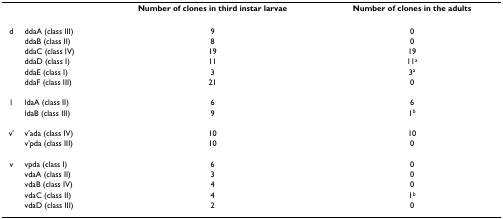
<table><thead><tr><td>[EMPTY_CELL]</td><td>[EMPTY_CELL]</td><td><b>Number of clones in third instar larvae</b></td><td><b>Number of clones in the adults</b></td></tr></thead><tbody><tr><td>d</td><td>ddaA (class III)</td><td>9</td><td>0</td></tr><tr><td>[EMPTY_CELL]</td><td>ddaB (class II)</td><td>8</td><td>0</td></tr><tr><td>[EMPTY_CELL]</td><td>ddaC (class IV)</td><td>19</td><td>19</td></tr><tr><td>[EMPTY_CELL]</td><td>ddaD (class I)</td><td>11</td><td>11<sup>a</sup></td></tr><tr><td>[EMPTY_CELL]</td><td>ddaE (class I)</td><td>3</td><td>3<sup>a</sup></td></tr><tr><td>[EMPTY_CELL]</td><td>ddaF (class III)</td><td>21</td><td>0</td></tr><tr><td>l</td><td>ldaA (class II)</td><td>6</td><td>6</td></tr><tr><td>[EMPTY_CELL]</td><td>ldaB (class III)</td><td>9</td><td>1<sup>b</sup></td></tr><tr><td>v'</td><td>v'ada (class IV)</td><td>10</td><td>10</td></tr><tr><td>[EMPTY_CELL]</td><td>v'pda (class III)</td><td>10</td><td>0</td></tr><tr><td>v</td><td>vpda (class I)</td><td>6</td><td>0</td></tr><tr><td>[EMPTY_CELL]</td><td>vdaA (class II)</td><td>3</td><td>0</td></tr><tr><td>[EMPTY_CELL]</td><td>vdaB (class IV)</td><td>4</td><td>0</td></tr><tr><td>[EMPTY_CELL]</td><td>vdaC (class II)</td><td>4</td><td>1<sup>b</sup></td></tr><tr><td>[EMPTY_CELL]</td><td>vdaD (class III)</td><td>2</td><td>0</td></tr></tbody></table>